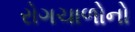
રોગચાળોનો